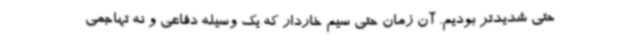
حتی شدیدتر بودیم. آن زمان حتی سیم خاردار که یک وسیله دفاعی و نه تهاجمی